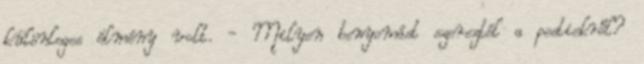
különleges élmény volt. - Milyen benyomást szereztél a pestiekről?